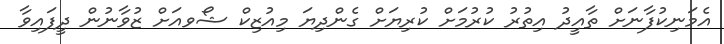
އެމަނިކުފާނަށް ތާއީދު އިތުރު ކުރުމަށް ކުރިޔަށް ގެންދިޔަ މިއުޒިކް ޝޯވއަށް ޒުވާނުން ދީފައިވާ